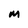
Character: m